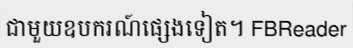
ជាមួយឧបករណ៍ផ្សេងទៀត។ FBReader